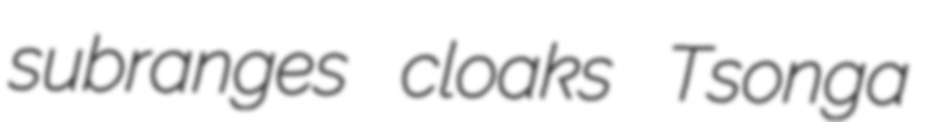
subranges cloaks Tsonga